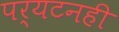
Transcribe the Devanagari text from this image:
पर्यटनही